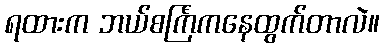
ရထားက ဘယ်စင်္ကြံကနေထွက်တာလဲ။